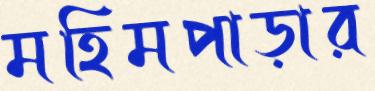
মহিমপাড়ার